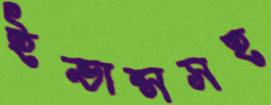
ইভান্সসহ